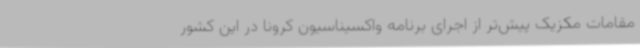
مقامات مکزیک پیش‌تر از اجرای برنامه واکسیناسیون کرونا در این کشور